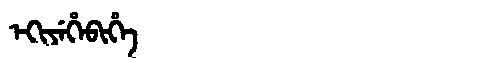
Manchu: ᡝᡴᡳᠶᡝᡥᡝᠪᡳᡥᡝ
Romanization: EKIYEHEBIHE